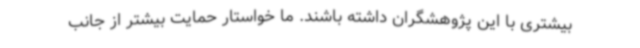
بیشتری با این پژوهشگران داشته باشند. ما خواستار حمایت بیشتر از جانب